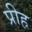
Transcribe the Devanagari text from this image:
प्रीह